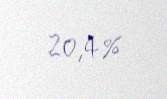
20,4%